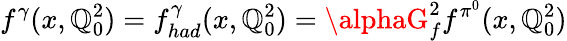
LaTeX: f^{\gamma}(x,\mathbb{Q}_{0}^{2})=f_{had}^{\gamma}(x,\mathbb{Q}_{0}^{2})=\alphaG_{f}^{2}f^{\pi^{0}}(x,\mathbb{Q}_{0}^{2})